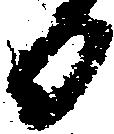
日